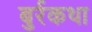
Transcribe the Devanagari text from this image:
बुर्रकथा